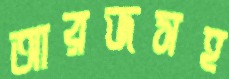
আরজসহ